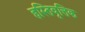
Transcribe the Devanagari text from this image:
हस्तिवृत्तिक